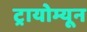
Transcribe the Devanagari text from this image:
ट्रायोम्यून